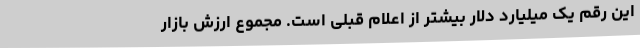
این رقم یک میلیارد دلار بیشتر از اعلام قبلی است. مجموع ارزش بازار